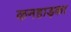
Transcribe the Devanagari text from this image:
कनहाड़का